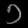
Digit: ၁